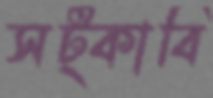
সট্‌কাবি